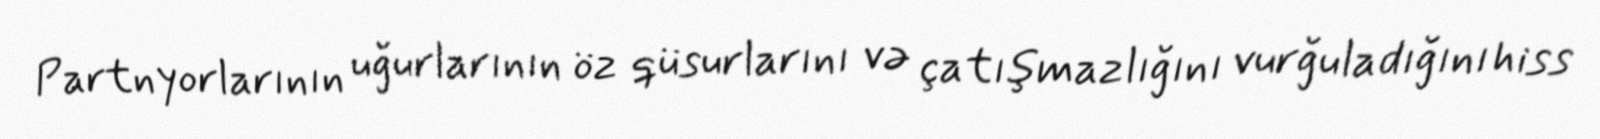
Partnyorlarının uğurlarının öz qüsurlarını və çatışmazlığını vurğuladığını hiss